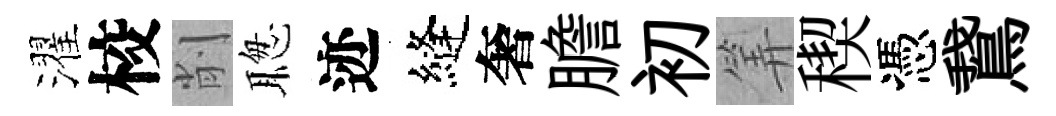
濯校削聦迹縫奢膽初筭稧憑鵞